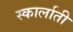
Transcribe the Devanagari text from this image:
स्कार्लाती